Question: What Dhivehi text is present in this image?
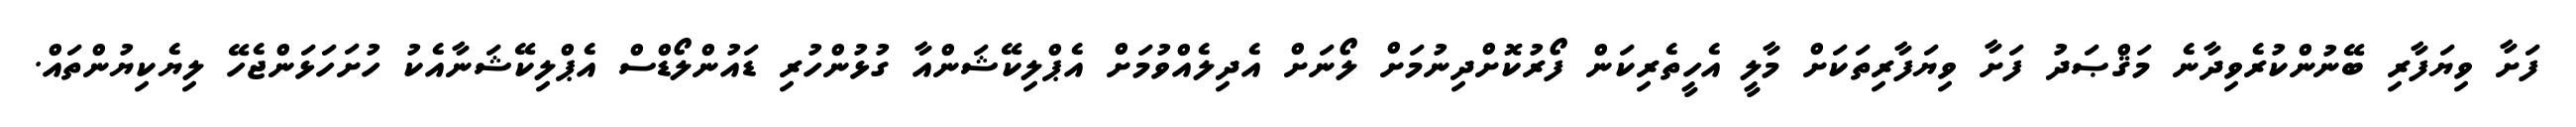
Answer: ފަށާ ވިޔަފާރި ބޭނުންކުރެވިދާނެ މަޤްޞަދު ފަށާ ވިޔަފާރިތަކަށް މާލީ އެހީތެރިކަން ފޯރުކޮށްދިނުމަށް ލޯނަށް އެދިލެއްވުމަށް އެޕްލިކޭޝަންއާ ގުޅުންހުރި ޑައުންލޯޑްސް އެޕްލިކޭޝަނާއެކު ހުށަހަޅަންޖެހޭ ލިޔެކިޔުންތައް.